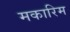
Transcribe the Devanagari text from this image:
मकारिम